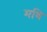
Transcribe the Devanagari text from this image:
मधि